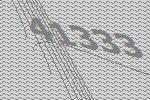
41333